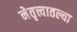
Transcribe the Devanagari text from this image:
नेतृत्त्वातल्या